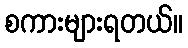
စကားများရတယ်။